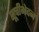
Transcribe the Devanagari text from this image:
सूचीभेदन